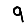
Digit: 9